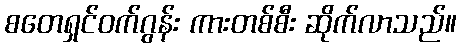
စတေရှင်ဝက်ဂွန်း ကားတစ်စီး ဆိုက်လာသည်။